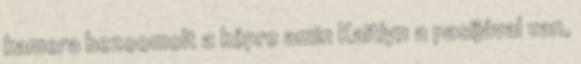
kamera bezoomolt a képre amin Kaitlyn a pasijával van,